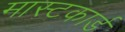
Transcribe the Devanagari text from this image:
मास्टकार्ड